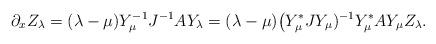
LaTeX: \begin{align*} \partial_xZ_\lambda=(\lambda-\mu)Y_\mu^{-1}J^{-1}AY_\lambda =(\lambda-\mu)\big(Y^*_\mu J Y_\mu)^{-1}Y_\mu^*AY_\mu Z_\lambda.\end{align*}